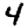
Digit: 4